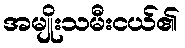
အမျိုးသမီးငယ်၏